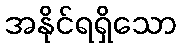
အနိုင်ရရှိသော